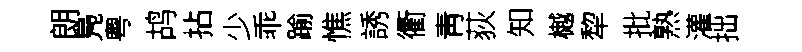
朗鳬粤鸪拈少乖踰憔誘衢靑荻知樾犂批熟灌拙